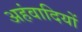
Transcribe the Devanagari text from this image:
अहंवादियों